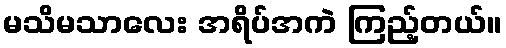
မသိမသာလေး အရိပ်အကဲ ကြည့်တယ်။